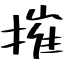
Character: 摧